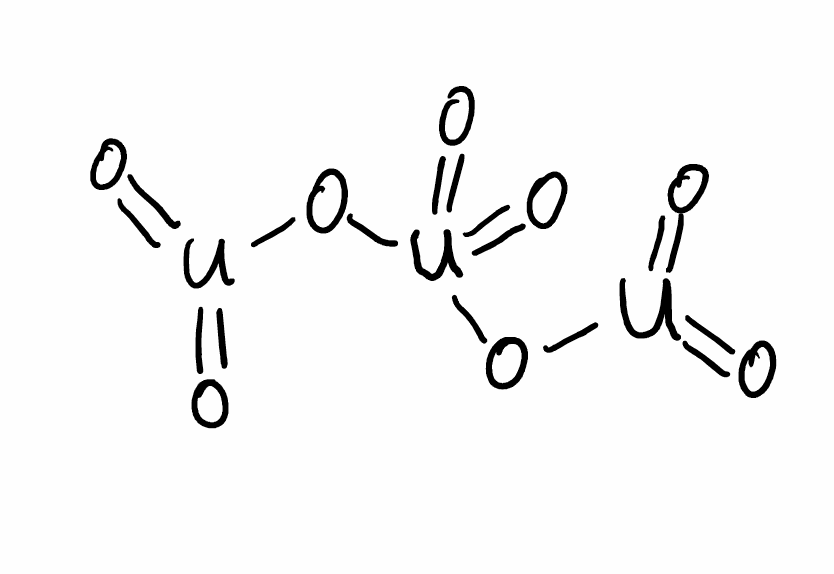
Simplified molecular-input line-entry system (SMILES) notation of the given molecule:
O=[U](=O)O[U](=O)(=O)O[U](=O)=O